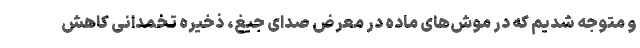
و متوجه شدیم که در موش‌های ماده در معرض صدای جیغ، ذخیره تخمدانی کاهش